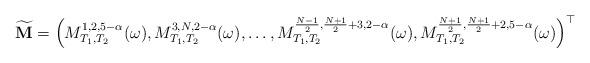
LaTeX: \begin{align*}\widetilde{\mathbf{M}}=\Big(M_{T_1,T_2}^{1,2,5-\alpha}(\omega),M_{T_1,T_2}^{3,N,2-\alpha}(\omega),\dots,M_{T_1,T_2}^{\frac{N-1}{2},\frac{N+1}{2}+3,2-\alpha}(\omega),M_{T_1,T_2}^{\frac{N+1}{2},\frac{N+1}{2}+2,5-\alpha}(\omega)\Big)^{\top}\end{align*}